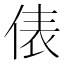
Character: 俵